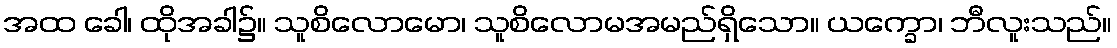
အထ ခေါ၊ ထိုအခါ၌။ သူစိလောမော၊ သူစိလောမအမည်ရှိသော။ ယက္ခော၊ ဘီလူးသည်။